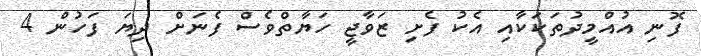
ފޮނި އުއްމީދުތަކަކާއި އެކު ފެށި ޒަވާޖީ ހަޔާތްވެސް ފެނަށް ދިޔަ ފަހުން 4